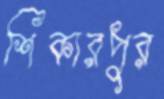
শিকারপুর